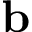
\mathbf { b }